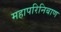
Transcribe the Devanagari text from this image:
महापरिनिबाण